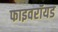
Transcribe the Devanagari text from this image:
फाइवरॉयड